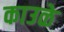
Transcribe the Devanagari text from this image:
काउळे